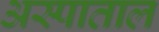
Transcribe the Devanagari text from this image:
अस्पाताल